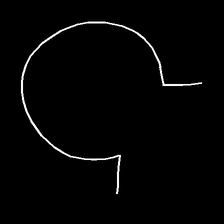
Glyph: weave